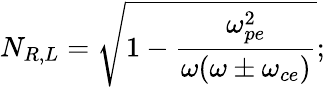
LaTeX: N_{R,L}=\sqrt{1-\frac{\omega_{pe}^{2}}{\omega(\omega\pm\omega_{ce})}};